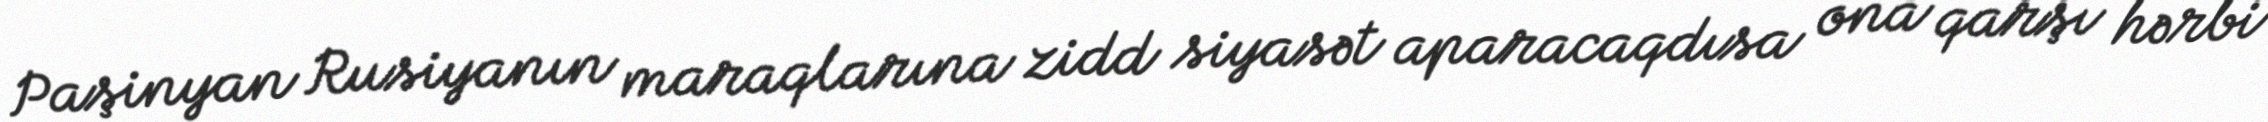
Paşinyan Rusiyanın maraqlarına zidd siyasət aparacaqdısa ona qarşı hərbi